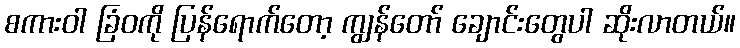
စကားဝါ ခြံဝကို ပြန်ရောက်တော့ ကျွန်တော် ချောင်းတွေပါ ဆိုးလာတယ်။